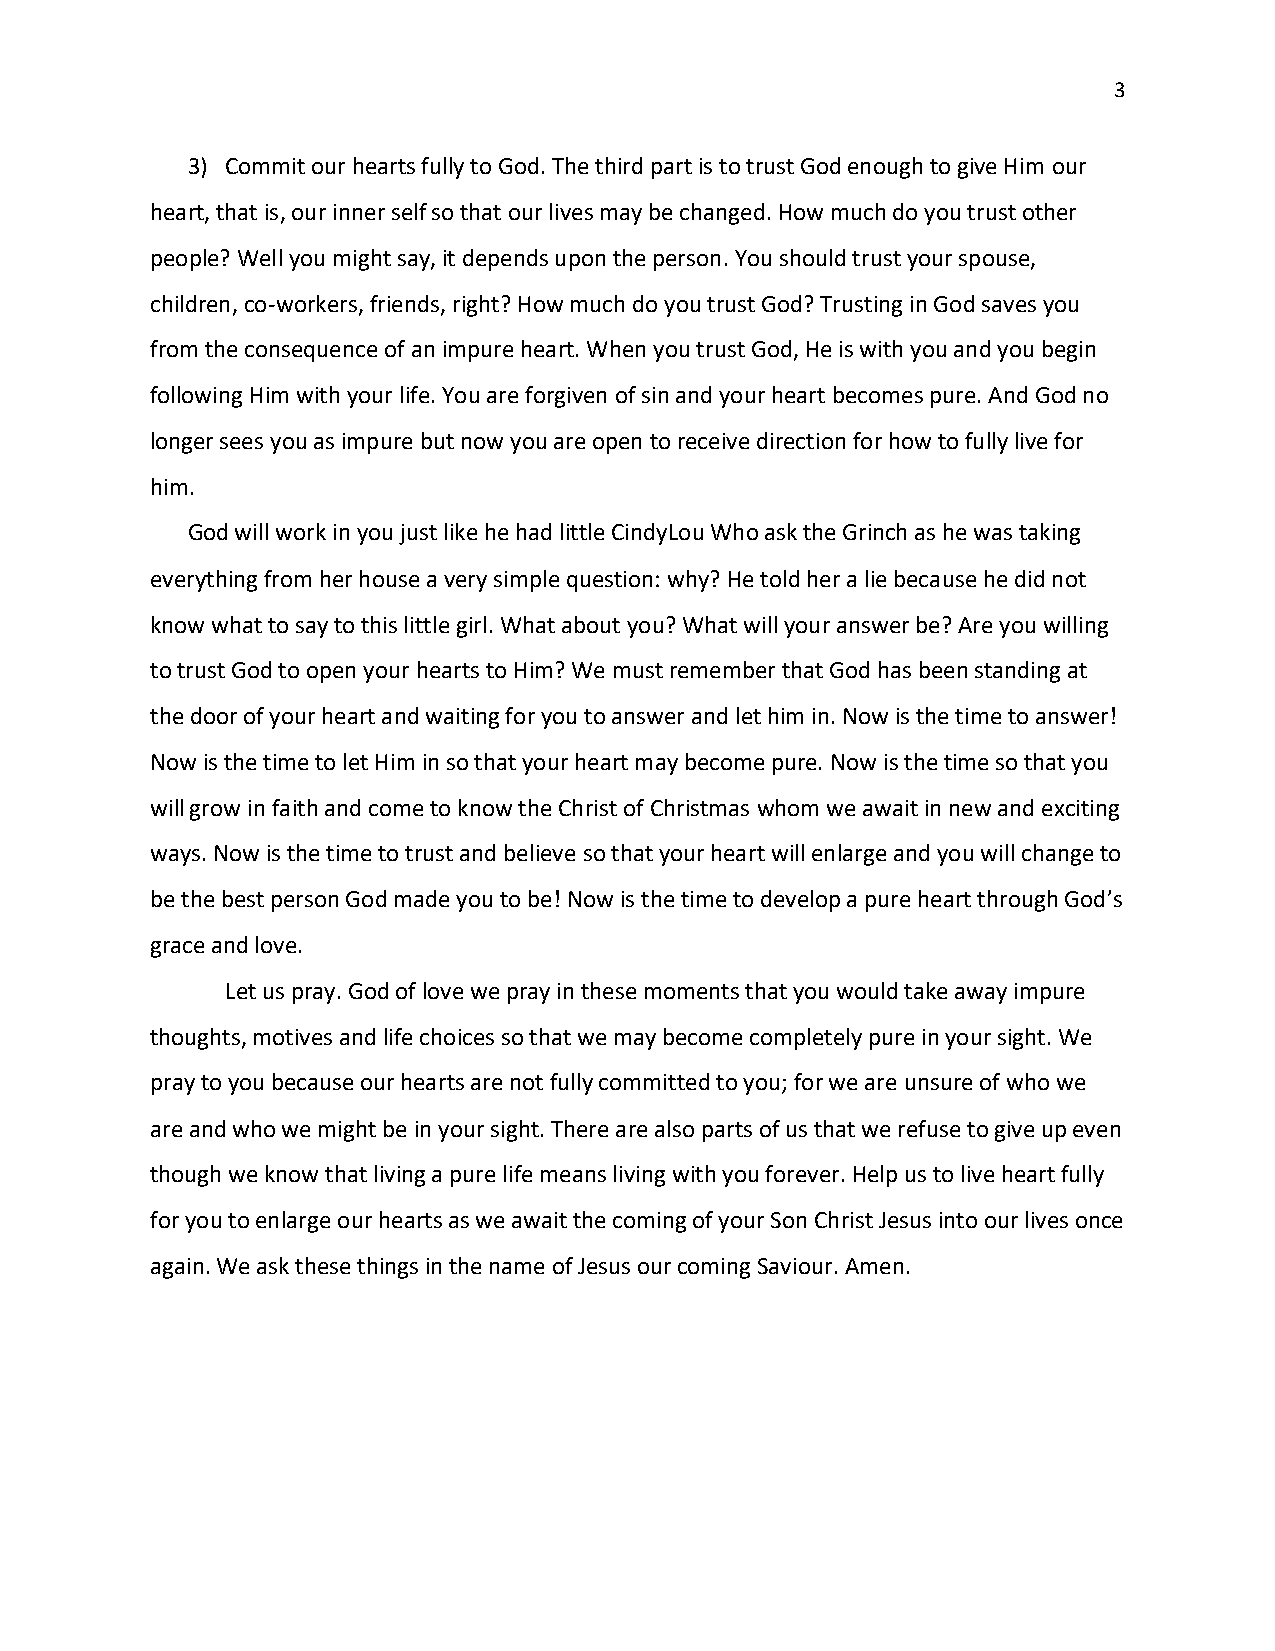
3
 3) Commit our hearts fully to God. The third part is to trust God enough to give Him our
 heart, that is, our inner self so that our lives may be changed. How much do you trust other
 people? Well you might say, it depends upon the person. You should trust your spouse,
 children, co-workers, friends, right? How much do you trust God? Trusting in God saves you
 from the consequence of an impure heart. When you trust God, He is with you and you begin
 following Him with your life. You are forgiven of sin and your heart becomes pure. And God no
 longer sees you as impure but now you are open to receive direction for how to fully live for
 him.
 God will work in you just like he had little CindyLou Who ask the Grinch as he was taking
 everything from her house a very simple question: why? He told her a lie because he did not
 know what to say to this little girl. What about you? What will your answer be? Are you willing
 to trust God to open your hearts to Him? We must remember that God has been standing at
 the door of your heart and waiting for you to answer and let him in. Now is the time to answer!
 Now is the time to let Him in so that your heart may become pure. Now is the time so that you
 will grow in faith and come to know the Christ of Christmas whom we await in new and exciting
 ways. Now is the time to trust and believe so that your heart will enlarge and you will change to
 be the best person God made you to be! Now is the time to develop a pure heart through God’s
 grace and love.
 Let us pray. God of love we pray in these moments that you would take away impure
 thoughts, motives and life choices so that we may become completely pure in your sight. We
 pray to you because our hearts are not fully committed to you; for we are unsure of who we
 are and who we might be in your sight. There are also parts of us that we refuse to give up even
 though we know that living a pure life means living with you forever. Help us to live heart fully
 for you to enlarge our hearts as we await the coming of your Son Christ Jesus into our lives once
 again. We ask these things in the name of Jesus our coming Saviour. Amen.